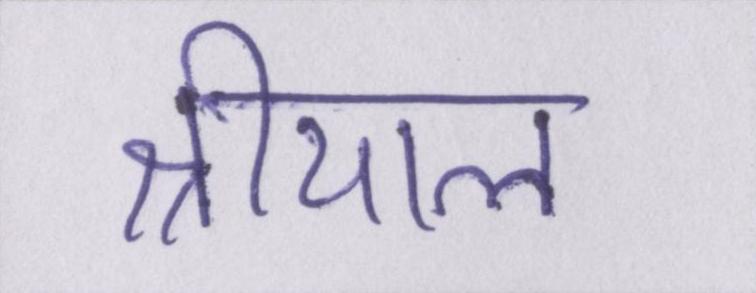
श्रीयाल